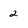
Character: 2